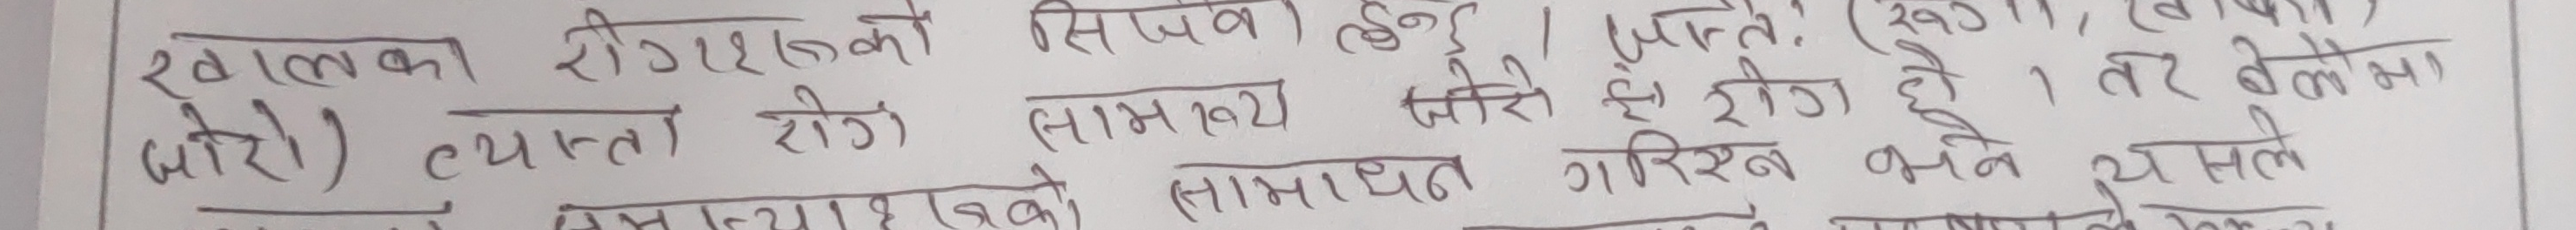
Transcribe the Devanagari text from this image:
खालका रोगहरुको सिर्जना हुन्छ । जन्ती (खुपि), (बलो)। (पोरो) त्यस्ता रोग सामान्य जारी रहे १ तर बेलामा समस्याहरुको समस्याहरुको